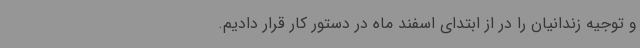
و توجیه زندانیان را در از ابتدای اسفند ماه در دستور کار قرار دادیم.